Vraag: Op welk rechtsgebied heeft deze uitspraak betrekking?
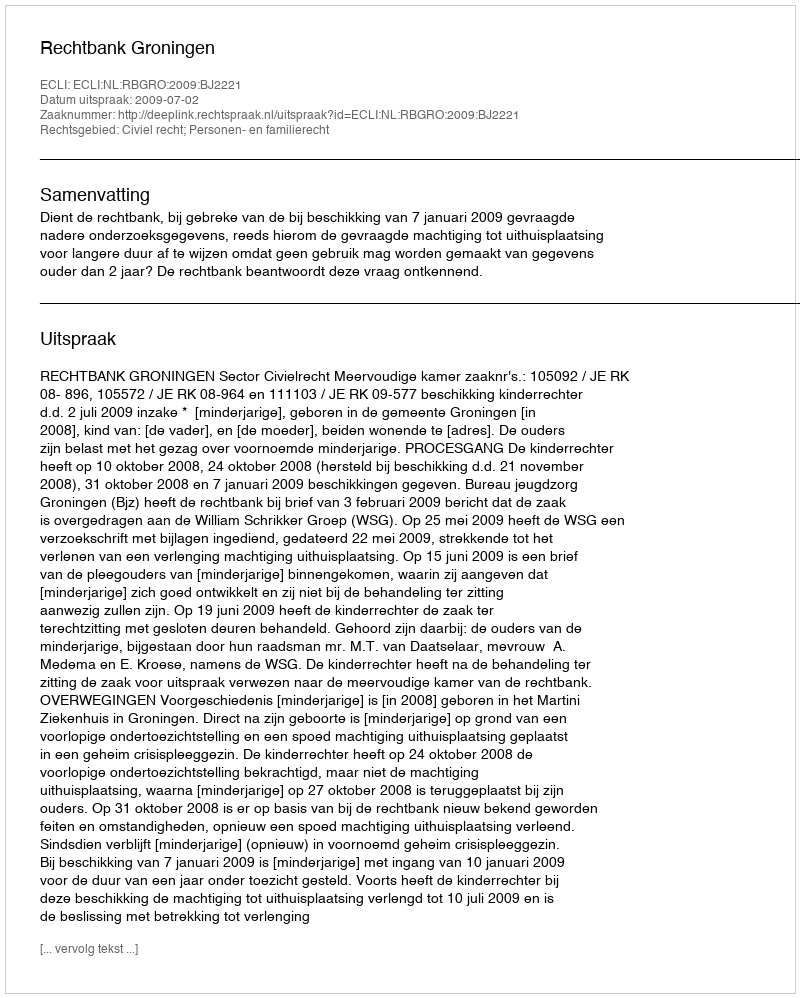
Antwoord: Civiel recht; Personen- en familierecht